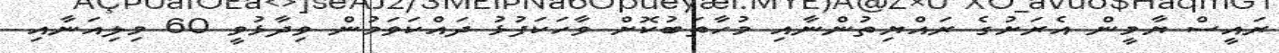
ރައީސް ޔާމީން އެރަށުގެ ރައްޔިތުންނާއި މުހާތަބުކޮށް ވާހަކަފުޅު ދައްކަވަމުން ވިދާޅުވީ 60 މިލިއަނާއި